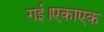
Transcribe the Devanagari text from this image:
गई।एकाएक